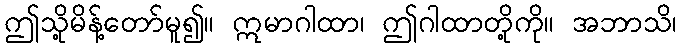
ဤသို့မိန့်တော်မူ၍။ ဣမာဂါထာ၊ ဤဂါထာတို့ကို။ အဘာသိ၊